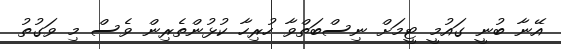
އޭނާ ބުނީ ގައުމީ ޓީމަށް ނިސްބަތްވާ ހުރިހާ ކުޅުންތެރިން ވެސް މި ވަގުތު